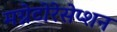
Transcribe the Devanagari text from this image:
मग्नेटोरेसेप्शन